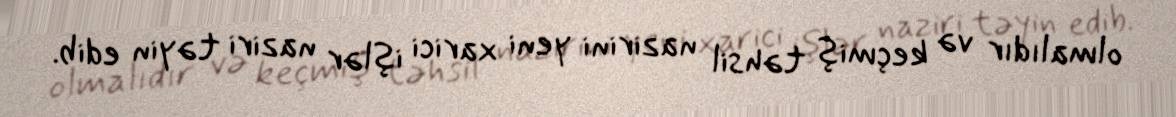
olmalıdır və keçmiş təhsil nazirini yeni xarici işlər naziri təyin edib.